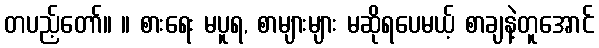
တပည့်တော်။ ။ စားရေး မပူရ, စာများများ မဆိုရပေမယ့် စာချနဲ့တူအောင်